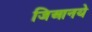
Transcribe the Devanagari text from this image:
जिआनये